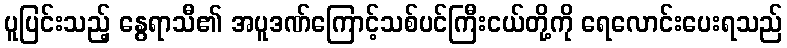
ပူပြင်းသည့် နွေရာသီ၏ အပူဒဏ်ကြောင့်သစ်ပင်ကြီးငယ်တို့ကို ရေလောင်းပေးရသည်